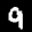
Label: 9